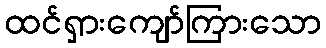
ထင်ရှားကျော်ကြားသော